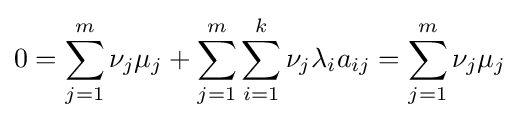
0=\sum _{j=1}^{m}\nu _{j}\mu _{j}+\sum _{j=1}^{m}\sum _{i=1}^{k}\nu _{j}\lambda _{i}a_{ij}=\sum _{j=1}^{m}\nu _{j}\mu _{j}